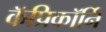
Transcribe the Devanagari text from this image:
कॅप्रिकॉर्नि